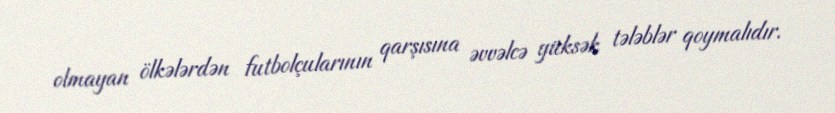
olmayan ölkələrdən futbolçularının qarşısına əvvəlcə yüksək tələblər qoymalıdır.